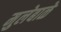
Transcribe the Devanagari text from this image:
मुलेबाळे